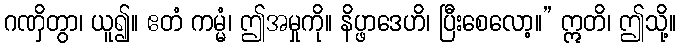
ဂဏှိတွာ၊ ယူ၍။ ဧတံ ကမ္မံ၊ ဤအမှုကို။ နိပ္ဖာဒေဟိ၊ ပြီးစေလော့။” ဣတိ၊ ဤသို့။